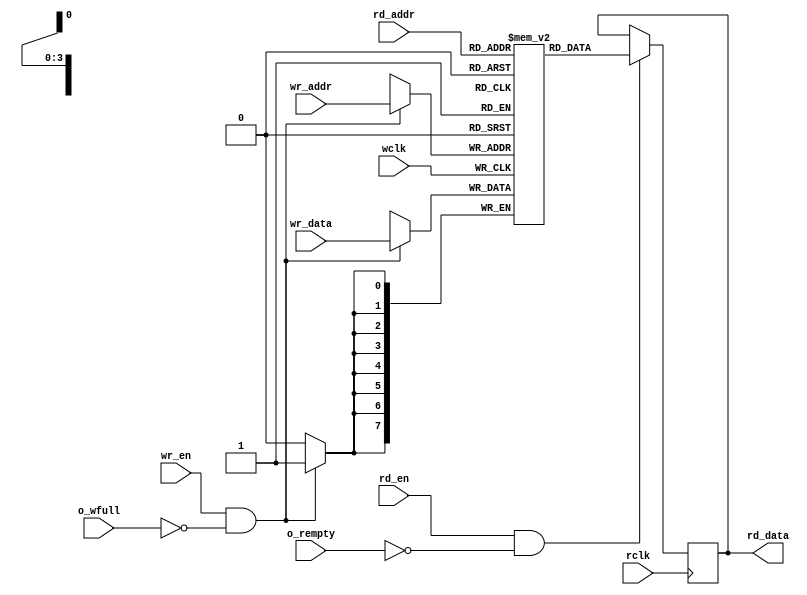
module fifomem # (
    parameter DSIZE = 8,
    parameter ASIZE = 4,
    localparam DW = DSIZE,
    localparam AW = ASIZE
) (
    input [AW-1:0] wr_addr ,
    input [DW-1:0] wr_data ,
    input wr_en ,

    input [AW-1:0] rd_addr ,
    output reg [DW-1:0] rd_data ,
    input rd_en ,

    input wclk,
    input rclk,
    input o_wfull,
    input o_rempty
);

reg [DW-1:0] mem [(2**AW) -1 :0] ;

always @ ( posedge wclk ) begin
    if ( wr_en && !o_wfull) begin
        mem [ wr_addr ] <= wr_data ;
    end
end

always @ ( posedge rclk ) begin
    if ( rd_en && !o_rempty) begin
        rd_data <= mem [ rd_addr ] ;
    end
end

endmodule